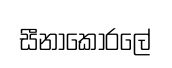
සීනාකෝරලේ